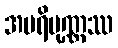
အပရိပုဏ္ဏဿ